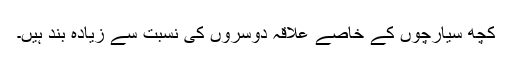
کچھ سیارچوں کے خاصے علاقہ دوسروں کی نسبت سے زیادہ بند ہیں۔